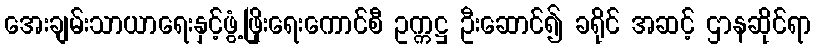
အေးချမ်းသာယာရေးနှင့်ဖွံ့ဖြိုးရေးကောင်စီ ဥက္ကဋ္ဌ ဦးဆောင်၍ ခရိုင် အဆင့် ဌာနဆိုင်ရာ